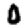
Digit: 0